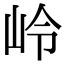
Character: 岭